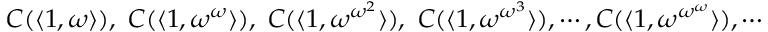
C ( \langle 1 , \omega \rangle ) , \ C ( \langle 1 , \omega ^ { \omega } \rangle ) , \ C ( \langle 1 , \omega ^ { \omega ^ { 2 } } \rangle ) , \ C ( \langle 1 , \omega ^ { \omega ^ { 3 } } \rangle ) , \cdots , C ( \langle 1 , \omega ^ { \omega ^ { \omega } } \rangle ) , \cdots